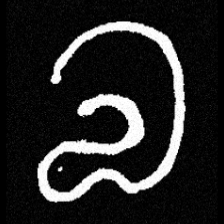
Pyu character \u2014 Myanmar letter: လ (romanized: la)